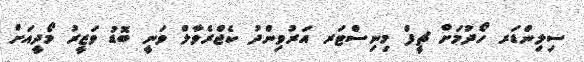
ސިލިންޑަރ ހޯދުމަށް ޗީފް މިނިސްޓަރ އަރުވިންދު ކެޖްރެވާލް ވަނީ ބޮޑު ވަޒީރު މޯދީއަށް